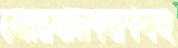
জোরদারকরণসহ